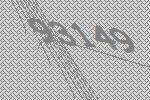
93149